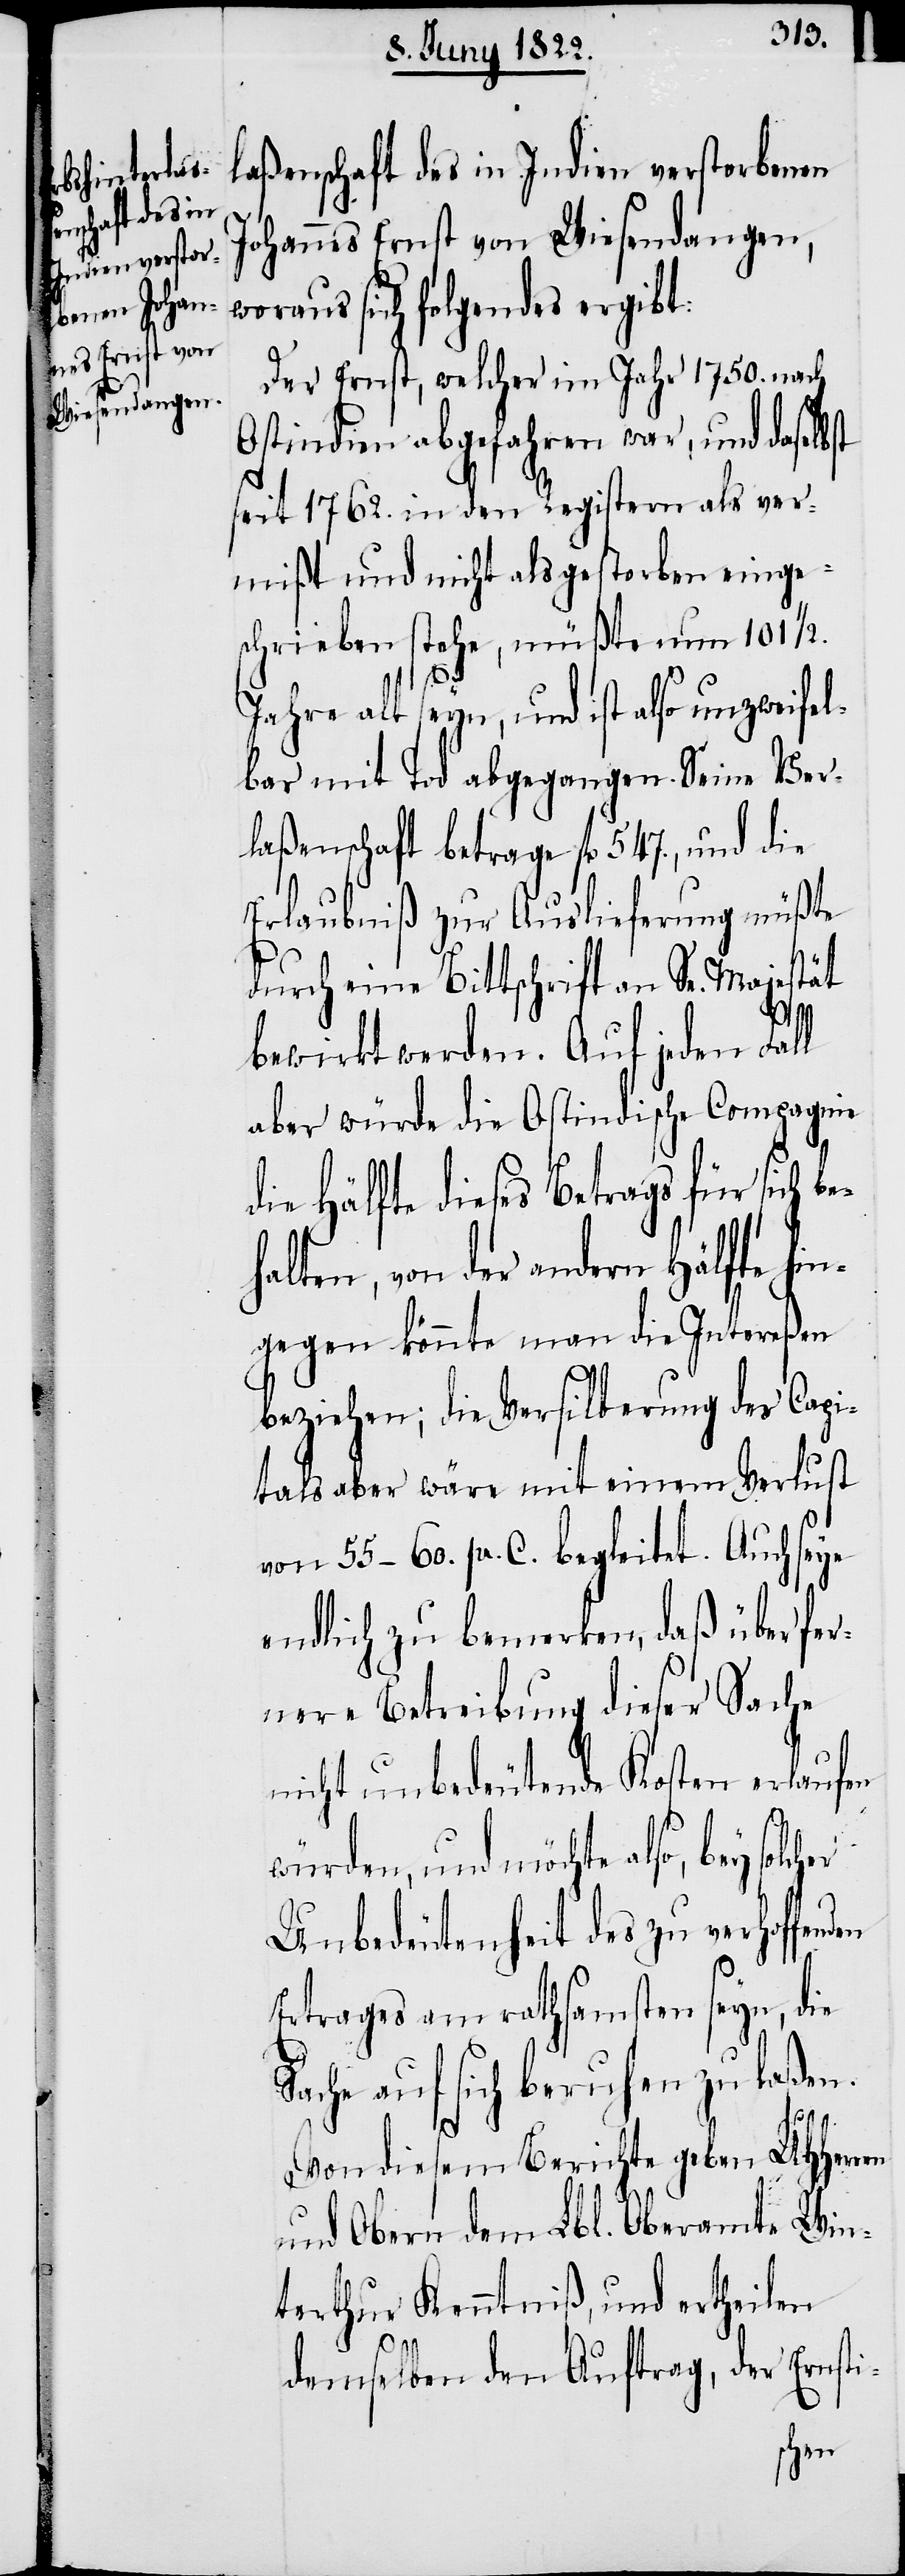
laßenschaft des in Indien verstorbenen
Johannes Ernst von Wiesendangen,
woraus sich folgendes ergibt:
Der Ernst, welcher im Jahr 1750. nach
Ostindien abgefahren war, und daselb¬
seit 1762. in den Registern als ver¬
mißt und nicht als gestorben einge¬
schrieben stehe, müßte nun 101 1/2.
Jahre als seyn, und ist also unzweifel¬
bar mit Tod abgegangen. Seine Ver¬
laßenschaft betrage fl. 547., und die
Erlaubniß zur Auslieferung müßte
durch eine Bittschrift an Sr. Majestät
bewirkt werden. Auf jeden Fall
aber würde die Ostindische Compagnie
die Hälfte dieses Betrags für sich b¬
halten, von der andern Hälfte hi¬
ngegen könnte man die Intereßen
beziehen; die Versilberung des Capi¬
tals aber wäre mit einem Verlust
von 55–60. pr. C. begleitet. Auch seye
endlich zu bemerken, daß über fer¬
nere Betreibung dieser Sache
nicht unbedeutende Kosten erlaufen
würden, und möchte also, bey solc¬
Unbedeutenheit des zu verhoffen¬
Ertrages am rathsamsten seyn, die
Sache auf sich beruhen zu laßen.
Von diesem Berichte gegen UHHerren
und Obern dem Lbl. Oberamte Win¬
terthur Kenntniß, und ertheilen
den
demselben den Auftrag, der Ernsti-